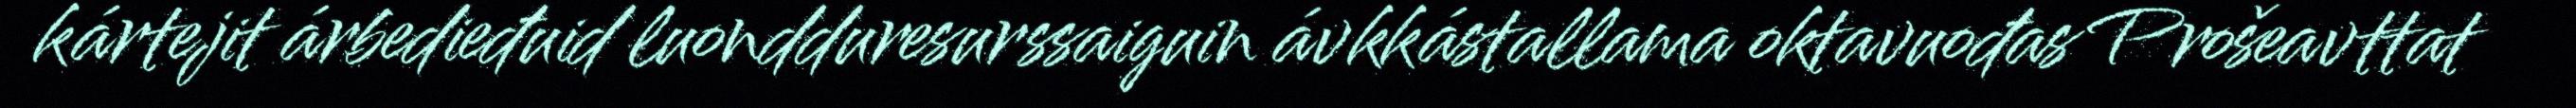
kártejit árbedieđuid luondduresurssaiguin ávkkástallama oktavuođas Prošeavttat